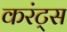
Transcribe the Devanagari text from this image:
करंट्स